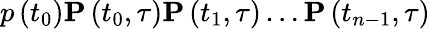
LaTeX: p\left(t_{0}\right)\mathbf{P}\left(t_{0},\tau\right)\mathbf{P}\left(t_{1},\tau\right)\ldots\mathbf{P}\left(t_{n-1},\tau\right)